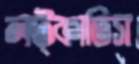
লট্‌কাতিস